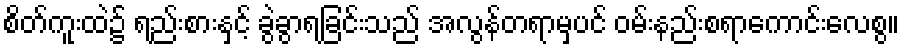
စိတ်ကူးထဲ၌ ရည်းစားနှင့် ခွဲခွာရခြင်းသည် အလွန်တရာမှပင် ဝမ်းနည်းစရာကောင်းလေစွ။